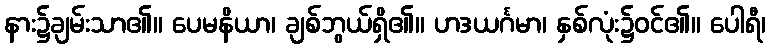
နား၌ချမ်းသာ၏။ ပေမနိယာ၊ ချစ်ဘွယ်ရှိ၏။ ဟဒယင်္ဂမာ၊ နှစ်လုံး၌ဝင်၏။ ပေါရီ၊